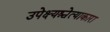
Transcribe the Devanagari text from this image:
उपेक्ष्यश्चेत्याकारा